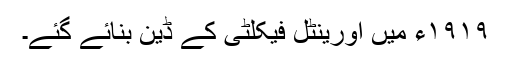
١٩١٩ء میں اورینٹل فیکلٹی کے ڈین بنائے گئے۔